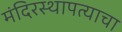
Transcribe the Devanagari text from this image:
मंदिरस्थापत्याचा